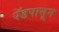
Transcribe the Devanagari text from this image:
पॅडपासून